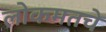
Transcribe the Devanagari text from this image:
लोकमतचे